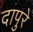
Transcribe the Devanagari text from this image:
दापुरे